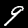
Digit: 9